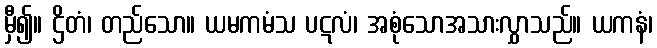
မှီ၍။ ဌိတံ၊ တည်သော။ ယမကမံသ ပဋလံ၊ အစုံသောအသားလွှာသည်။ ယကနံ၊